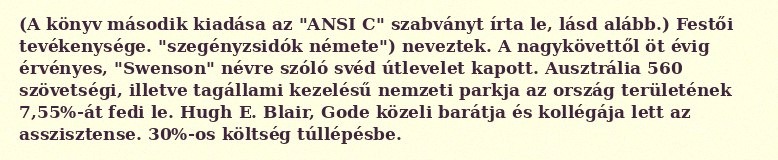
(A könyv második kiadása az "ANSI C" szabványt írta le, lásd alább.) Festői tevékenysége. "szegényzsidók némete") neveztek. A nagykövettől öt évig érvényes, "Swenson" névre szóló svéd útlevelet kapott. Ausztrália 560 szövetségi, illetve tagállami kezelésű nemzeti parkja az ország területének 7,55%-át fedi le. Hugh E. Blair, Gode közeli barátja és kollégája lett az asszisztense. 30%-os költség túllépésbe.